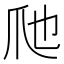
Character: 𱬶